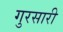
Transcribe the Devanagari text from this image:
गुरसारी